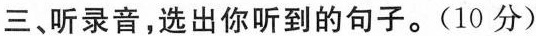
三、听录音,选出你听到的句子。(10 分)